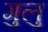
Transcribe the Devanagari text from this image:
गुलु